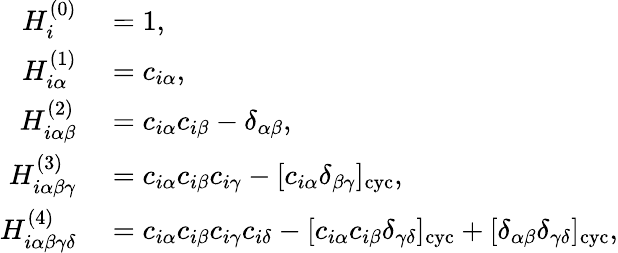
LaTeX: \begin{array}{rl}{H_{i}^{(0)}}&{{}=1,}\\ {H_{i\alpha}^{(1)}}&{{}=c_{i\alpha},}\\ {H_{i\alpha\beta}^{(2)}}&{{}=c_{i\alpha}c_{i\beta}-\delta_{\alpha\beta},}\\ {H_{i\alpha\beta\gamma}^{(3)}}&{{}=c_{i\alpha}c_{i\beta}c_{i\gamma}-[c_{i\alpha}\delta_{\beta\gamma}]_{\mathrm{cyc}},}\\ {H_{i\alpha\beta\gamma\delta}^{(4)}}&{{}=c_{i\alpha}c_{i\beta}c_{i\gamma}c_{i\delta}-[c_{i\alpha}c_{i\beta}\delta_{\gamma\delta}]_{\mathrm{cyc}}+[\delta_{\alpha\beta}\delta_{\gamma\delta}]_{\mathrm{cyc}},}\end{array}